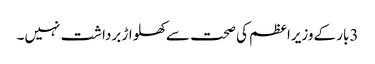
3بار کےوزیراعظم کی صحت سےکھلواڑ برداشت نہیں۔